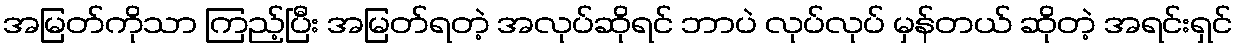
အမြတ်ကိုသာ ကြည့်ပြီး အမြတ်ရတဲ့ အလုပ်ဆိုရင် ဘာပဲ လုပ်လုပ် မှန်တယ် ဆိုတဲ့ အရင်းရှင်